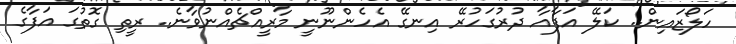
ހަލޯޒައިން.. ކަލޭ އަފާއާ ދުރުގަހުރޭ އިނގޭ އެހެންނޫނީ މާރީއްޗެއްނުވާނެ.. ރީތި ގޮތުގަ އަފާގެ